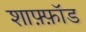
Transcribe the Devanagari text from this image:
शाफ़्फ़ॉड